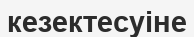
кезектесуіне